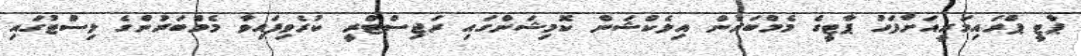
ޕާޓީ ޕްރައިމަރީއަށްފަހު ޕާޓީގެ މެމްބަރުން އިލެކްޝަން ކޮމިޝަންގައި ރަޖިސްޓްރީ ކުރެވިފައިވާ މެމްބަރުންގެ ލިސްޓުގައި